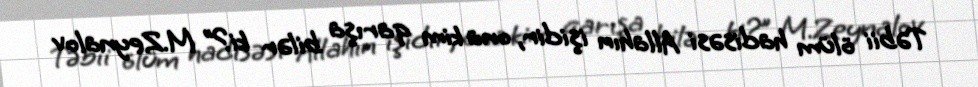
Təbii ölüm hadisəsi Allahın işidir, ona kim qarışa bilər ki?” M.Zeynalov